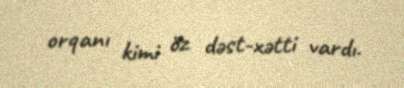
orqanı kimi öz dəst-xətti vardı.